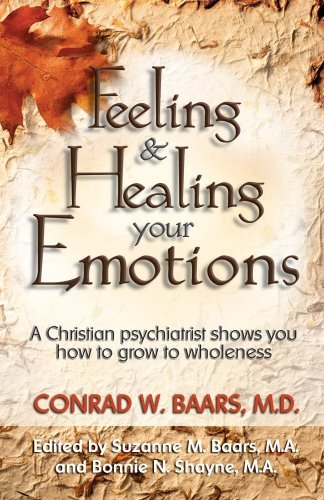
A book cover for Feeling And Healing Your Emotions; Conrad W. Baars; Christian Books & Bibles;